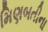
મિણબતીના